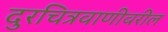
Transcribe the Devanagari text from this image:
दुरचित्रवाणीवरील